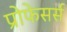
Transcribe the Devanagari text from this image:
प्रोफेसर्स